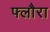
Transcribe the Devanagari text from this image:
फ्लौरा